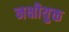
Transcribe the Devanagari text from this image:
नक्षीयुक्त